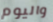
واليوم